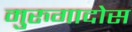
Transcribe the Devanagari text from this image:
मुरुगादोस